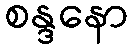
စန္ဒနော